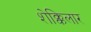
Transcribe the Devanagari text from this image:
शेक्किलार